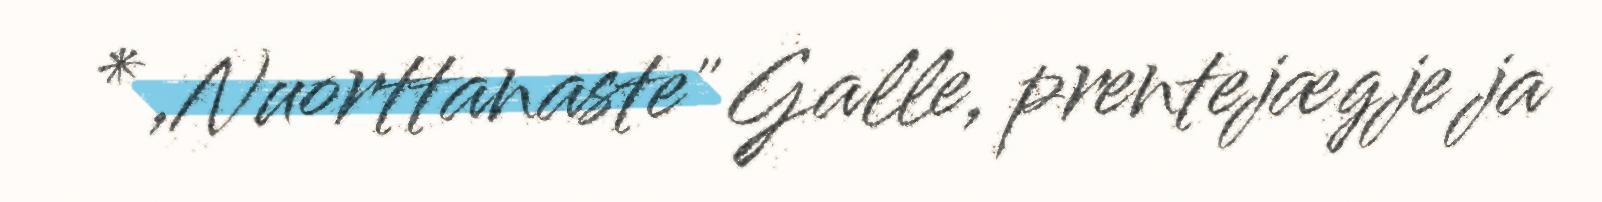
* ,Nuorttanaste" Galle, prentejægje ja